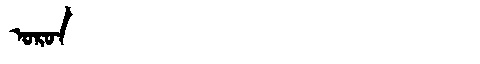
Manchu: ᠣᡵᠣᠨ
Romanization: ORON